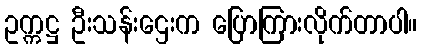
ဥက္ကဋ္ဌ ဦးသန်းဌေးက ပြောကြားလိုက်တာပါ။